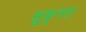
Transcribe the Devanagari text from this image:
सुकूनत